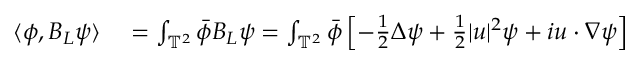
\begin{array} { r l } { \langle \phi , B _ { L } \psi \rangle } & { { } = \int _ { \mathbb { T } ^ { 2 } } \Bar { \phi } B _ { L } \psi = \int _ { \mathbb { T } ^ { 2 } } \Bar { \phi } \left[ - \frac { 1 } { 2 } \Delta \psi + \frac { 1 } { 2 } \lvert u \rvert ^ { 2 } \psi + i u \cdot \nabla \psi \right] } \end{array}